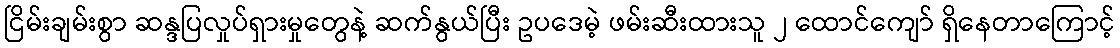
ငြိမ်းချမ်းစွာ ဆန္ဒပြလှုပ်ရှားမှုတွေနဲ့ ဆက်နွယ်ပြီး ဥပဒေမဲ့ ဖမ်းဆီးထားသူ ၂ ထောင်ကျော် ရှိနေတာကြောင့်